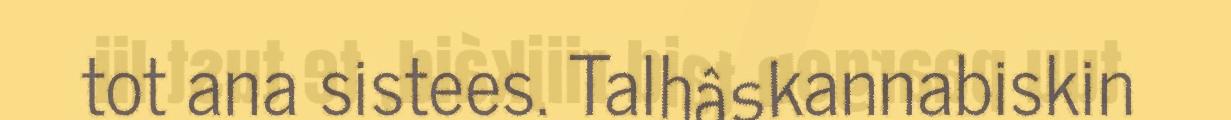
tot ana sistees. Talhâskannabiskin